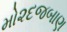
મો૨દજબાણ